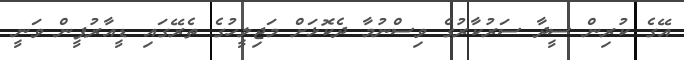
އޭގެ ކުރިން ސީދާ ސަރުކާރުގެ ވިސްނުމާ ދެކޮޅަށް މަޖިލީހުގެ ތެރޭގައި ޑީއާރުޕީން ވަނީ